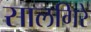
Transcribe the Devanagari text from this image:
सालगिरे